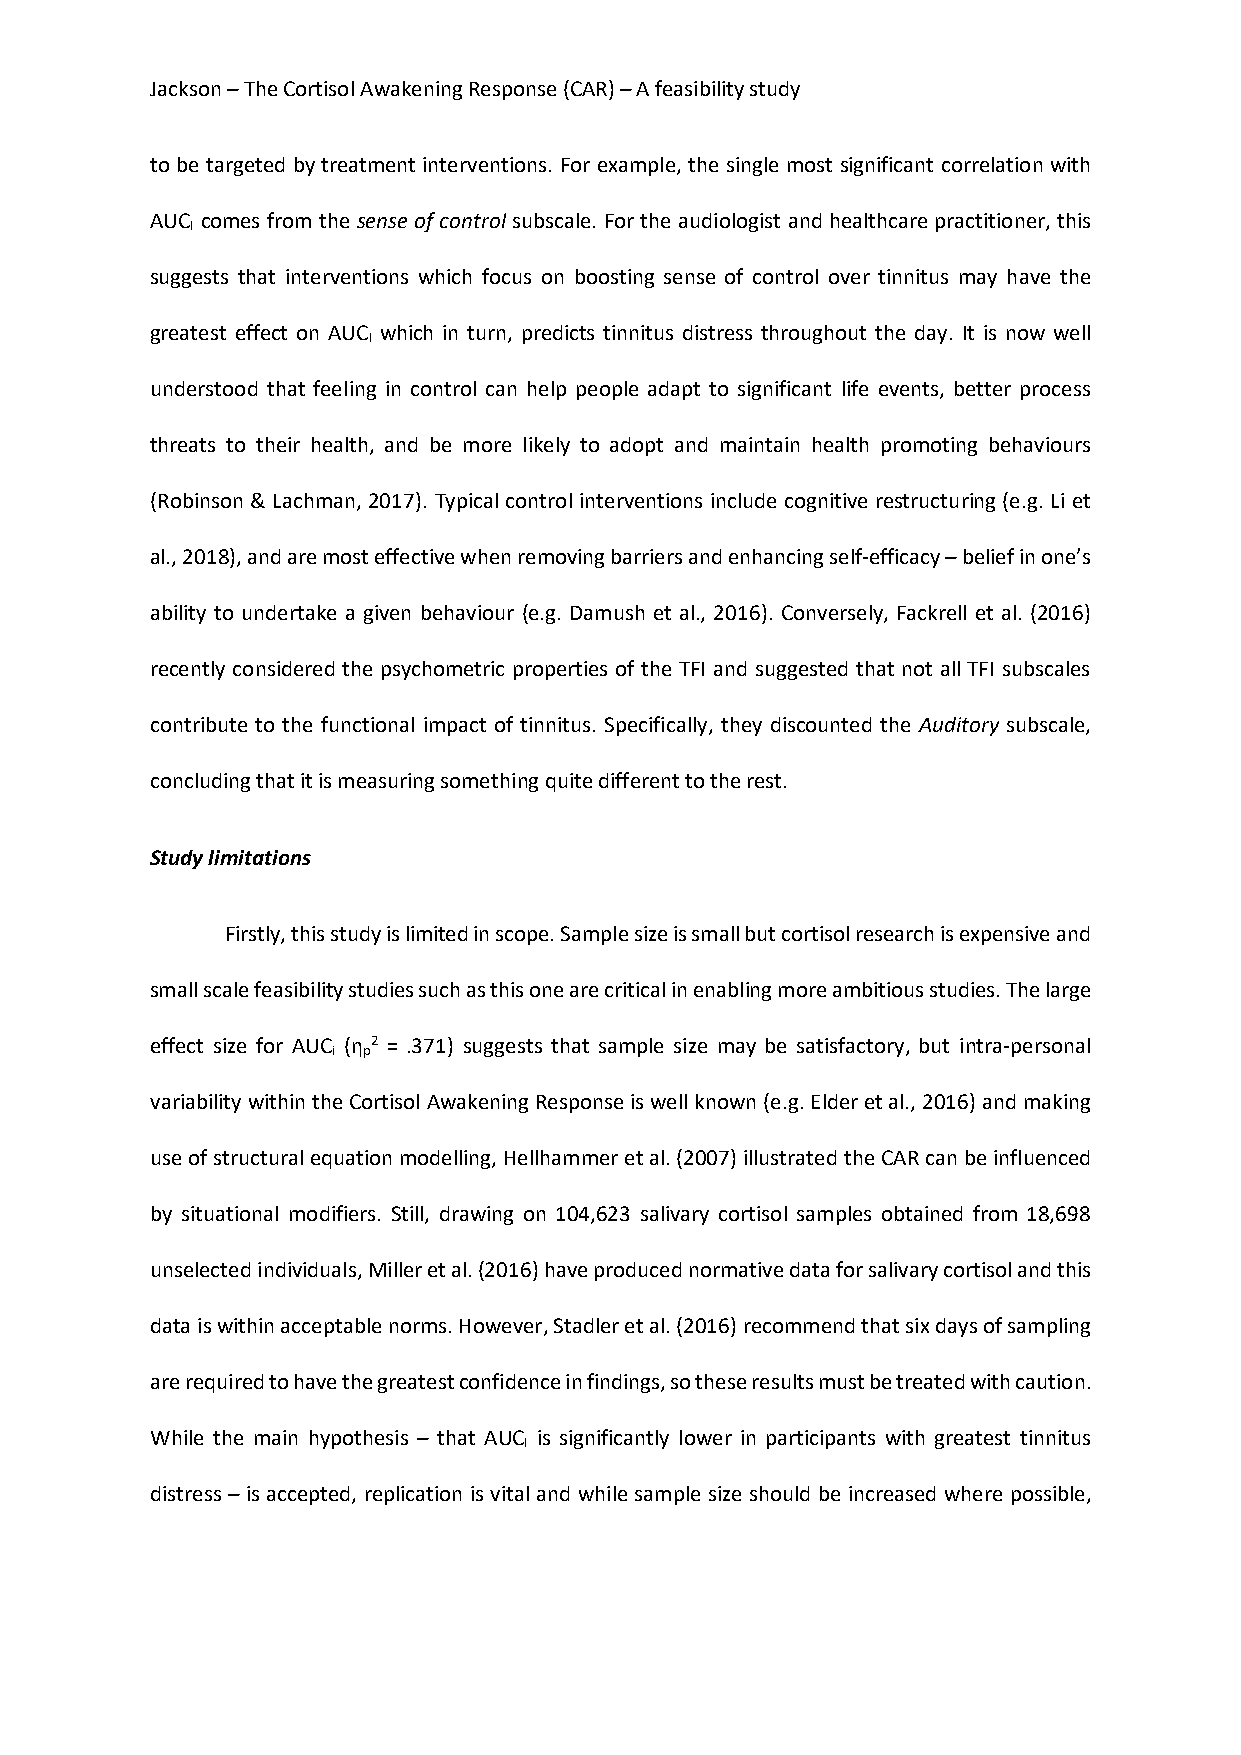
Jackson – The Cortisol Awakening Response (CAR) – A feasibility study
 to be targeted by treatment interventions. For example, the single most significant correlation with
 AUC comes from the sense of control subscale. For the audiologist and healthcare practitioner, this
 I
 suggests that interventions which focus on boosting sense of control over tinnitus may have the
 greatest effect on AUC which in turn, predicts tinnitus distress throughout the day. It is now well
 I
 understood that feeling in control can help people adapt to significant life events, better process
 threats to their health, and be more likely to adopt and maintain health promoting behaviours
 (Robinson & Lachman, 2017). Typical control interventions include cognitive restructuring (e.g. Li et
 al., 2018), and are most effective when removing barriers and enhancing self-efficacy – belief in one’s
 ability to undertake a given behaviour (e.g. Damush et al., 2016). Conversely, Fackrell et al. (2016)
 recently considered the psychometric properties of the TFI and suggested that not all TFI subscales
 contribute to the functional impact of tinnitus. Specifically, they discounted the Auditory subscale,
 concluding that it is measuring something quite different to the rest.
 Study limitations
 Firstly, this study is limited in scope. Sample size is small but cortisol research is expensive and
 small scale feasibility studies such as this one are critical in enabling more ambitious studies. The large
 effect size for AUC (η 2 = .371) suggests that sample size may be satisfactory, but intra-personal
 i p
 variability within the Cortisol Awakening Response is well known (e.g. Elder et al., 2016) and making
 use of structural equation modelling, Hellhammer et al. (2007) illustrated the CAR can be influenced
 by situational modifiers. Still, drawing on 104,623 salivary cortisol samples obtained from 18,698
 unselected individuals, Miller et al. (2016) have produced normative data for salivary cortisol and this
 data is within acceptable norms. However, Stadler et al. (2016) recommend that six days of sampling
 are required to have the greatest confidence in findings, so these results must be treated with caution.
 While the main hypothesis – that AUC is significantly lower in participants with greatest tinnitus
 I
 distress – is accepted, replication is vital and while sample size should be increased where possible,